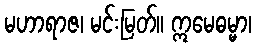
မဟာရာဇ၊ မင်းမြတ်။ ဣမေဓမ္မာ၊